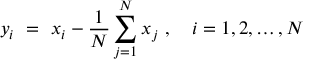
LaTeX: y _ { i } \ = \ x _ { i } - \frac { 1 } { N } \sum _ { j = 1 } ^ { N } x _ { j } \ , \quad i = 1 , 2 , \ldots , N